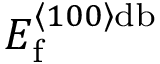
E _ { \mathrm { f } } ^ { \left\langle 1 0 0 \right\rangle \mathrm { d b } }